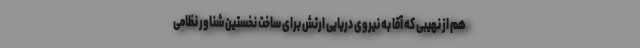
هم از نهیبی که آقا به نیروی دریایی ارتش برای ساخت نخستین شناور نظامی